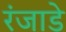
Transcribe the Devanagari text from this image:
रंजाडे